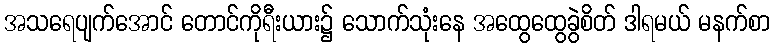
အသရေပျက်အောင် တောင်ကိုရီးယား၌ သောက်သုံးနေ အထွေထွေခွဲစိတ် ဒါရမယ် မနက်စာ